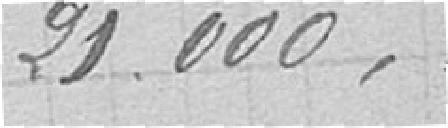
21.000